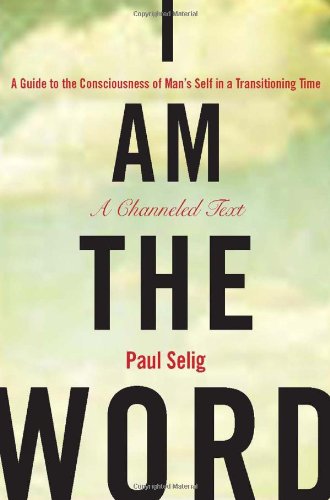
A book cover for I Am the Word: A Guide to the Consciousness of Man's Self in a Transitioning Time; Paul Selig; Religion & Spirituality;